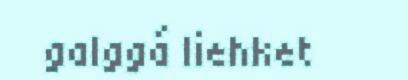
galggá liehket